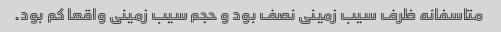
متاسفانه ظرف سیب زمینی نصف بود و حجم سیب زمینی واقعا کم بود.